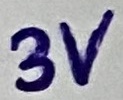
Text: 3V